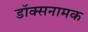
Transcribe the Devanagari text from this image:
डॉक्सनामक